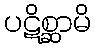
ပဋိစ္ဆာမိ